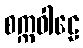
စက္ကဝါဠေ